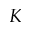
K